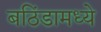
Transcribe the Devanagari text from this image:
बठिंडामध्ये